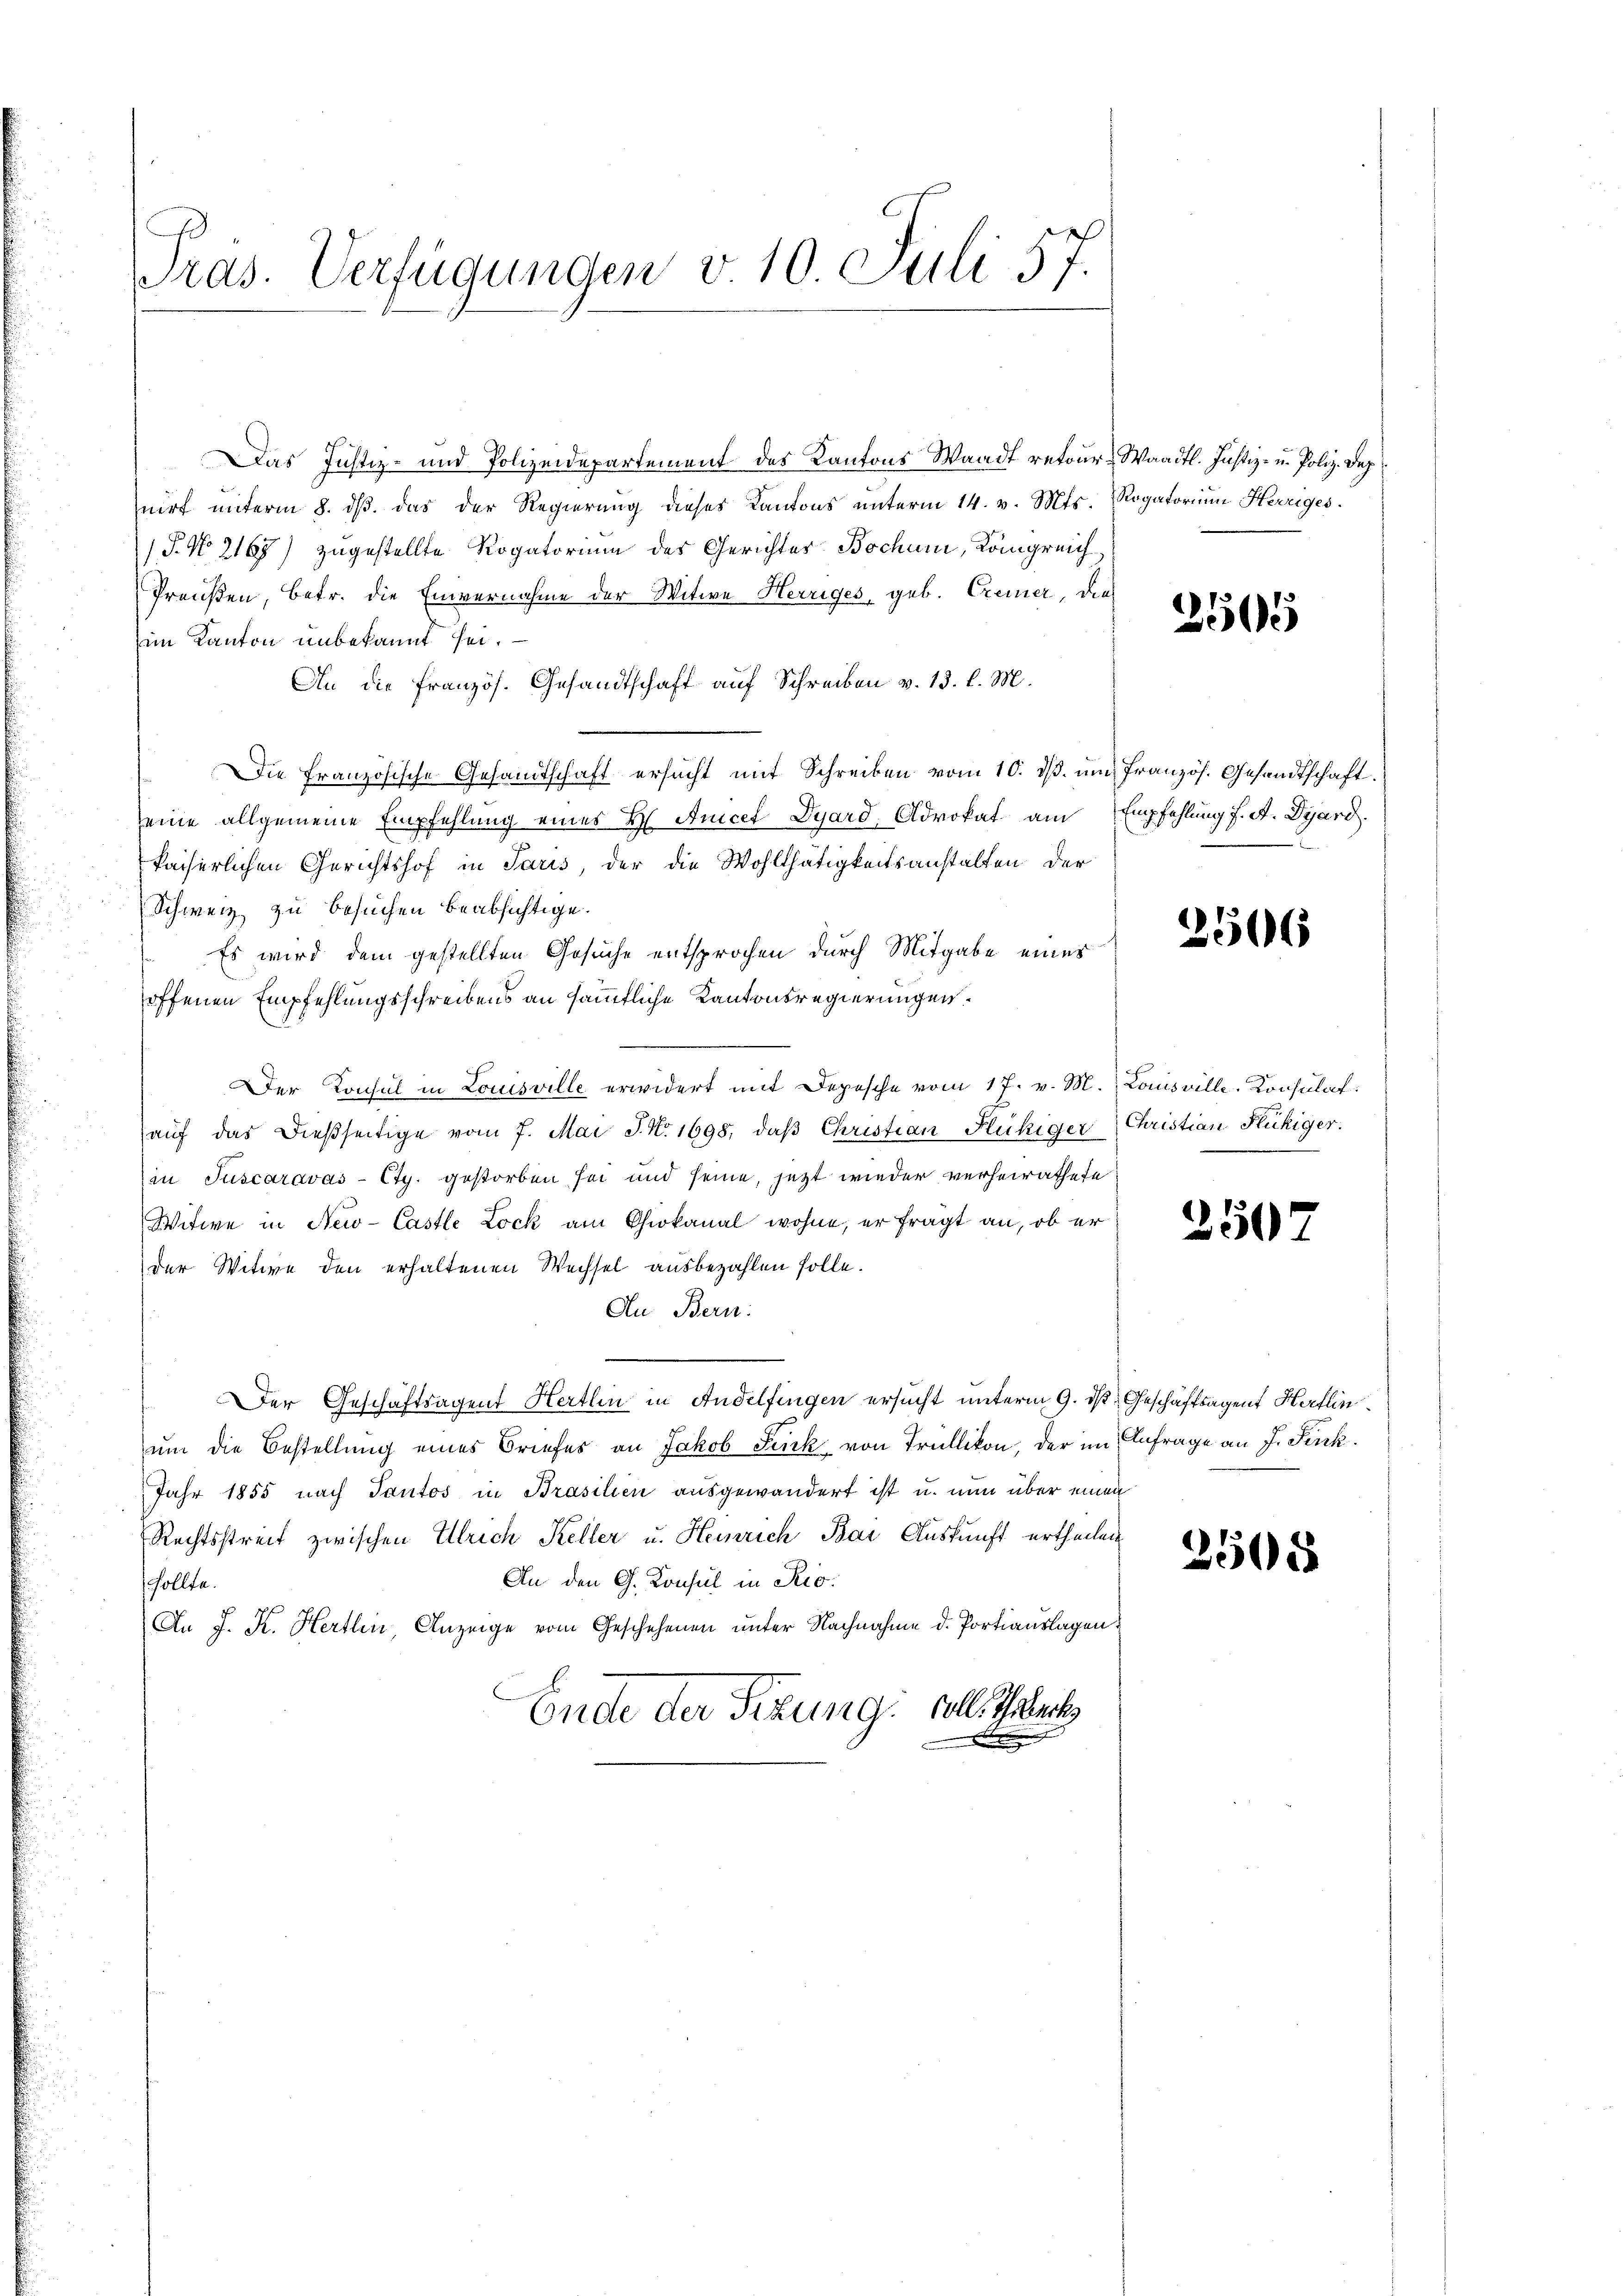
Pras. Verfügungen v 10. Juli 57.

Das Justiz- und Polizeidepartement des Kantons Waadt retour Waadt. Justiz- u. Poliz. Dez.
nirt unterm 8. ds. das der Regierung dieses Kantons unterm 14. v. Mts. Rogatorium Herriges.
P. No 2168) zugestellte Rogatorium des Gerichtes Bochurn, Königreich¬
Preußen, betr. die Einvernahme der Witwe Herriges, geb. Cremer, die
im Kanton unbekannt sei.
An die französ. Gesandtschaft auf Schreiben v. 13. l. M.
Die französische Gesandtschaft ersucht mit Schreiben vom 10. ds. ŭm französ. Gesandtschaft.
seine allgemeine Empfehlung eines H. Anicet Dyard. Advokat am Empfehlung f. A. Dyard.
kaiserlichen Gerichtshof in Paris, der die Wohlthätigkeitsanstalten der
Schweiz zu besuchen beabsichtige.
Es wird dem gestellten Gesuche entsprochen durch Mitgabe eines
offenen Empfehlungsschreibens an sämmtliche Kantonsregierungen.
Der Konsul in Louisville erwidert mit Depesche vom 17. v. M. Kausville, Konsulat:
aŭf das dießseitige vom 7. Mai J. N. 1698, daβ Christian Flückiger Christian Flückiger.
in Juscaravas-Cty. gestorben sei und seine, jetzt wieder verheirathete
Witwe in New-Castle Lock am Chiokanal wohne, er fragt an, ob er
der Witwe den erhaltenen Wechsel ausbezahlen solle.
An Bern:
.
Der Geschäftsagent Hertlin in Andelfingen ersucht unterm 9. ds Geschäftsagent Hertlinum die Bestellung eines Briefes an Jakob Juck von Trüllikon, der im Anfrage an J. Fick.
Jahr 1855 nach Tautos in Brasilien ausgewandert ist u. nun über einen
Rechtsstreit zwischen Ulrich Keller u. Heinrich Bai Auskunft ertheilen
An den G. Konsul in Rio¬
Sollta.
An J. K. Hertlen, Anzeige vom Geschehenen unter Nachnahme d. Portiauslagen
Ende der Fizung. Alle Thaler
E

256

2506

2507

2505